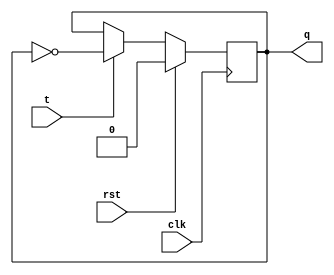
module FlipFlop_T(clk, rst, t, q);
	input clk, t, rst;
	output reg q;
	
	always @(posedge clk) begin
		if (rst)
			q=0;
			
		else if (t)
			q <= ~q;
	end
endmodule